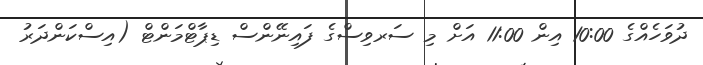
ދުވަހެއްގެ 10:00 އިން 11:00 އަށް މި ސަރވިސްގެ ފައިނޭންސް ޑިޕާޓްމަންޓް (އިސްކަންދަރު